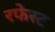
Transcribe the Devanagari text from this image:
रफेस्ट